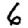
Digit: 6